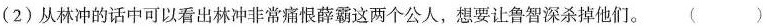
(2)从林冲的话中可以看出林冲非常痛恨薛霸这两个公人，想要让鲁智深杀掉他们。 ()